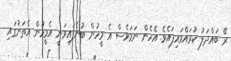
ރޭ ބައްދަލު ކުރައްވައިފައެވެ. އެހެން ނަމަވެސް އެ މީހުން ބުނެފައިވަނީ އެމީހުން އެތަނުގައި